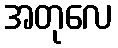
အတုလေ